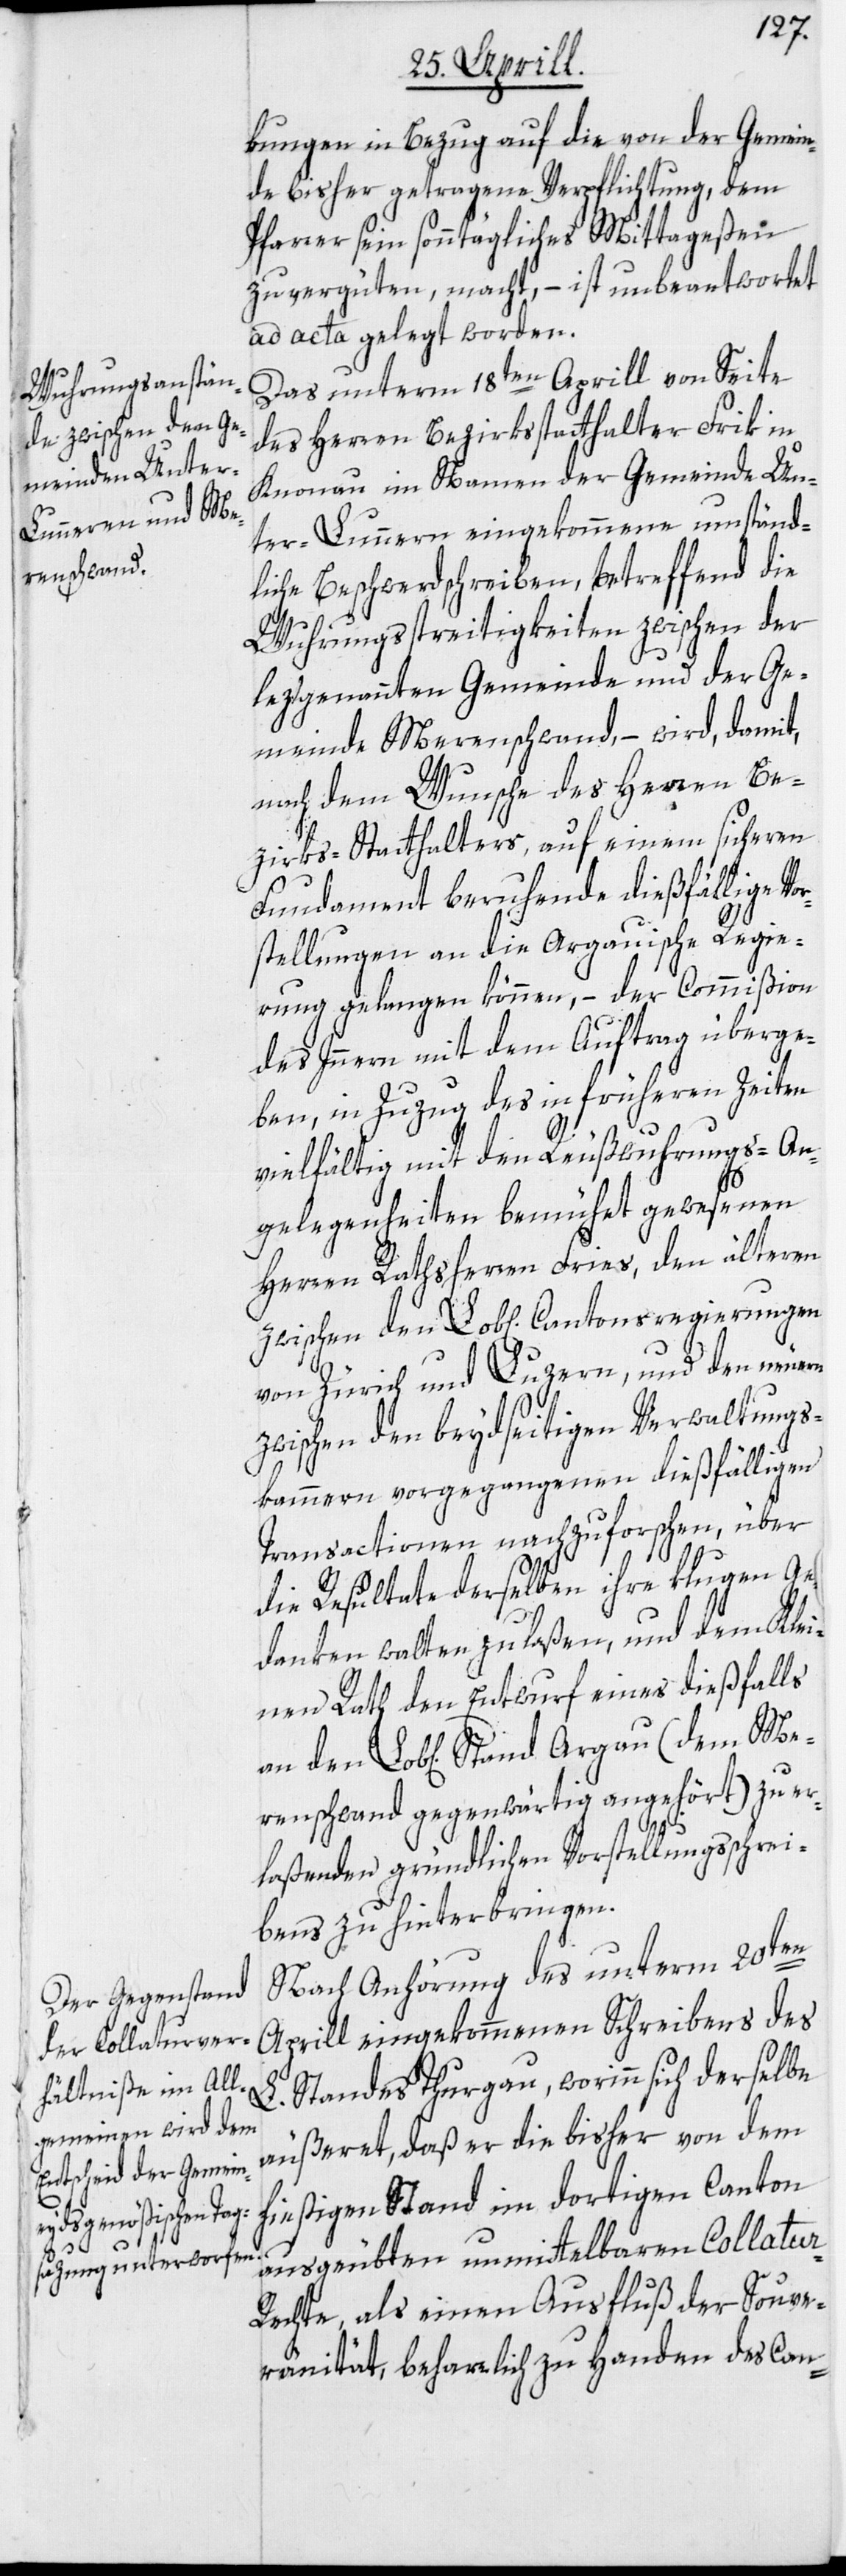
kungen in Bezug auf die von der Gemein¬
de bisher getragene Verpflichtung, dem
Pfarrer sein sonntägliches Mittageßen
zu vergüten, macht, – ist unbeantwortet
ad acta gelegt worden.
Das unterm 18ten Aprill von Seite
des Herren Bezirksstatthalter Frik in
Knonau im Namen der Gemeinde Un¬
ter-Lunnern eingekommene umständ¬
liche Beschwerdschreiben, betreffend die
Wuhrungsstreitigkeiten zwischen der
leztgenannten Gemeinde und der Ge¬
meinde Merenschwand, – wird, damit,
nach dem Wunsche des Herren Be¬
zirks-Statthalters, auf einem sicheren
Fundament beruhende dießfällige Vo¬
rstellungen an die Argauische Regie¬
rung gelangen können, – der Commißion
des Innern mit dem Auftrag überge¬
ben, in Zuzug des in früheren Zeiten
vielfältig mit den Reußwuhrungs-An¬
gelegenheiten bemühet gewesenen
Herren Rathsherren Fries, den älteren
zwischen den Lob[lichen] Cantonsregierungen
von Zürich und Luzern, und den neuen
zwischen den beydseitigen Verwaltungs¬
kammern vorgegangenen dießfälligen
Transactionen nachzuforschen, über
die Resultate derselben ihre klugen Ge¬
danken walten zu laßen, und dem Klei¬
nen Rath den Entwurf eines dießfalls
renschwand gegenwärtig angehört) zu er¬
Me¬
laßenden gründlichen Vorstellungsschrei¬
bens zu hinterbringen.
Nach Anhörung des unterm 20ten
Aprill eingekommenen Schreibens des
L. Standes Thurgau, worinn sich derselbe
äußeret, daß er die bisher von dem
hießigen Stand im dortigen Canton
ausgeübten unmittelbaren Collatur-R¬
echte, als einen Ausfluß der Souve¬
ränität, beharrlich zu Handen des Can-